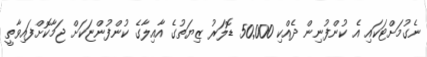
ނެގުމަށްޓަކައި އެ ކުންފުނިން ދެއްކި 50